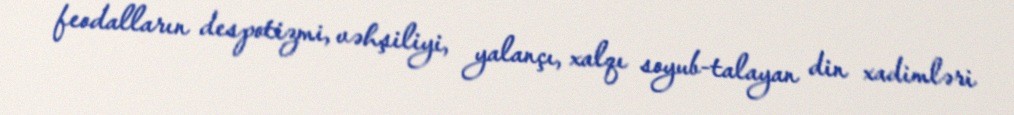
feodalların despotizmi, vəhşiliyi, yalançı, xalqı soyub-talayan din xadimləri